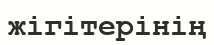
жігітерінің